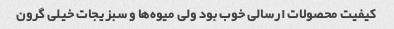
کیفیت محصولات ارسالی خوب بود ولی میوه‌ها و سبزیجات خیلی گرون